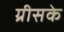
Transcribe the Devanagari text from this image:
ग्रीसके